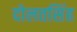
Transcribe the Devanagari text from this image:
दोलतसिंह